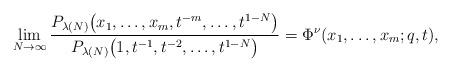
LaTeX: \begin{align*}\lim_{N\rightarrow\infty}{\frac{P_{\lambda(N)}\big(x_1, \dots, x_m, t^{-m}, \dots, t^{1 - N}\big)}{P_{\lambda(N)}\big(1, t^{-1}, t^{-2}, \dots, t^{1 - N}\big)}} = \Phi^{\nu}(x_1, \dots, x_m; q, t),\end{align*}